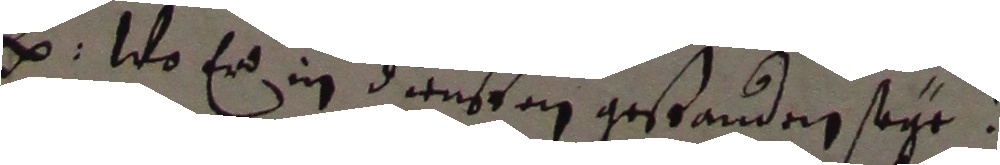
e. wo er in diensten gestanden sehe.